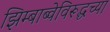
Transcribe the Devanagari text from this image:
झिम्बाब्वेविरूद्धच्या